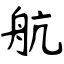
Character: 航